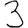
Digit: 3